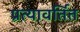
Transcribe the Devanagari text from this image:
प्रत्यावर्तित